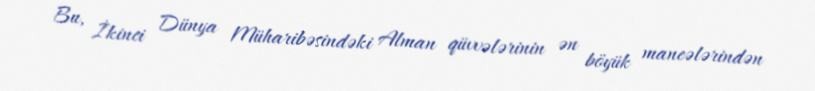
Bu, İkinci Dünya Müharibəsindəki Alman qüvvələrinin ən böyük maneələrindən